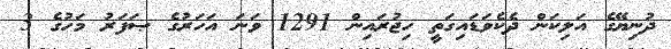
ދުނިޔޭގެ އަލިކަން ދެކެވަޑައިގަތީ ހިޖުރައިން 1291 ވަނަ އަހަރުގެ ޞަފަރު މަހުގެ 3